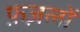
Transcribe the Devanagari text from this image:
फ़ज़लों